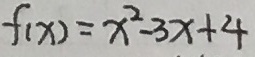
f ( x ) = x ^ { 2 } - 3 x + 4